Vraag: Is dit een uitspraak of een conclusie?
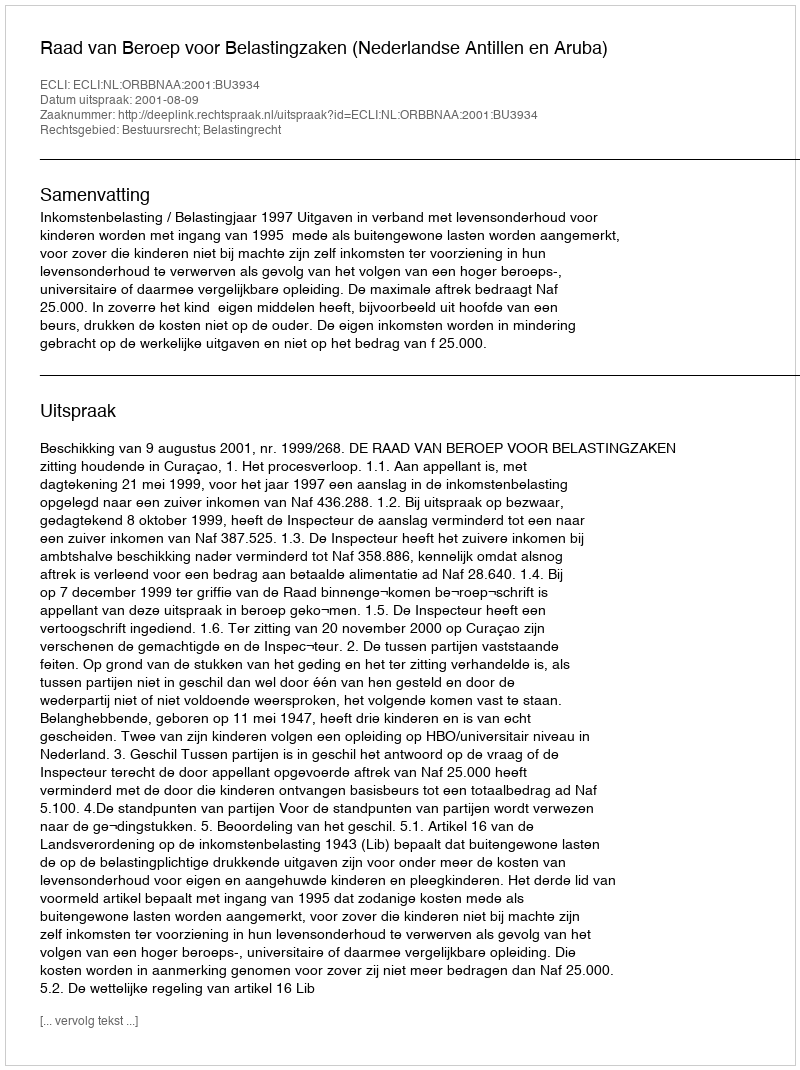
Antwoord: Uitspraak